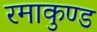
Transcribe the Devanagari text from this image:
रमाकुण्ड